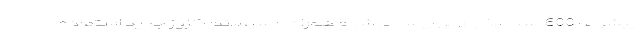
پیشرانه 600 اسب بخاری بروزرسانی شده همراه با سیستم اگزوز جدید استفاده